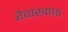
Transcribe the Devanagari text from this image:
रेवाखण्ड